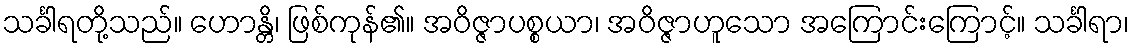
သင်္ခါရတို့သည်။ ဟောန္တိ၊ ဖြစ်ကုန်၏။ အဝိဇ္ဇာပစ္စယာ၊ အဝိဇ္ဇာဟူသော အကြောင်းကြောင့်။ သင်္ခါရာ၊